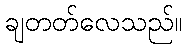
ချတတ်လေသည်။